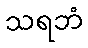
သရဘံ